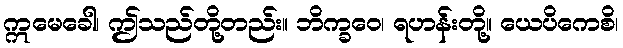
ဣမေခေါ၊ ဤသည်တို့တည်း။ ဘိက္ခဝေ၊ ရဟန်းတို့။ ယေပိကေစိ၊